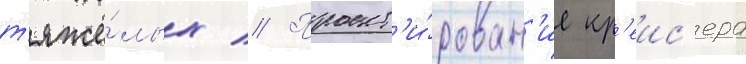
т'яжё́лых // Проект'и́рован'ие кр'еис'ера